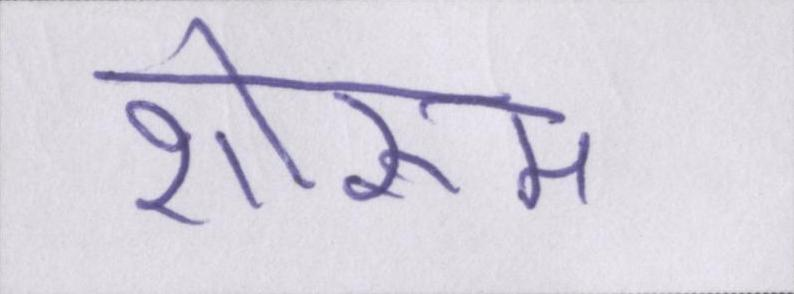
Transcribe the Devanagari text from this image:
शोरूम